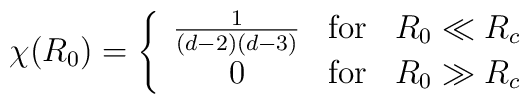
\chi(R_0) = \left\{ \begin{array}{ccc}\frac{1}{(d-2)(d-3)} & \mbox{for} & R_0 \ll R_c \\0 & \mbox{for} & R_0 \gg R_c \end{array} \right.